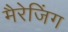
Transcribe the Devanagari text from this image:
मैरेजिंग